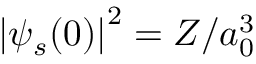
\left| \psi _ { s } ( 0 ) \right| ^ { 2 } = Z / a _ { 0 } ^ { 3 }